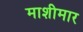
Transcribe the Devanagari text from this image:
माशीमार